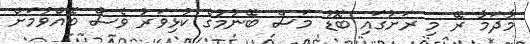
މާދަމާ ރޭ މި ރަށުގައި ބޮޑު މަސް ބޭނުމުގެ ކުޅިވަރު ވެސް ބޭއްވުމަށް